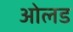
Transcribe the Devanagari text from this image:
ओलड